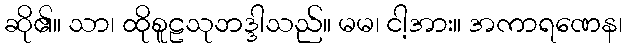
ဆို၏။ သာ၊ ထိုစူဠသုဘဒ္ဒါသည်။ မမ၊ ငါ့အား။ အကာရဏေန၊